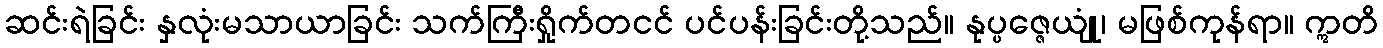
ဆင်းရဲခြင်း နှလုံးမသာယာခြင်း သက်ကြီးရှိုက်တငင် ပင်ပန်းခြင်းတို့သည်။ နုပ္ပဇ္ဇေယျုံ၊ မဖြစ်ကုန်ရာ။ ဣတိ